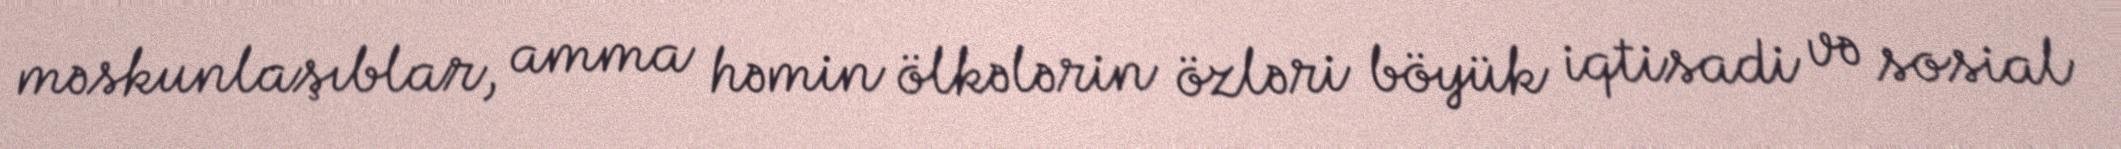
məskunlaşıblar, amma həmin ölkələrin özləri böyük iqtisadi və sosial